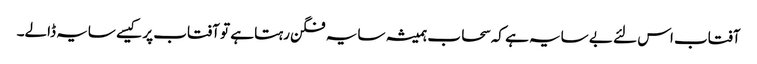
آفتاب اس لئے بے سایہ ہے کہ سحاب ہمیشہ سایہ فگن رہتا ہے تو آفتاب پر کیسے سایہ ڈالے۔